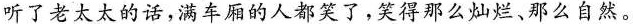
听了老太太的话，满车厢的人都笑了，笑得那么灿烂、那么自然。